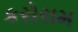
કરોરામ